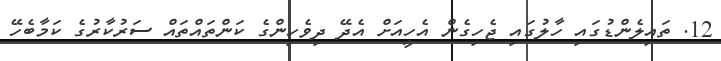
12. ތައިލެންޑުގައި ހާލުގައި ޖެހިގެން އެހީއަށް އެދޭ ދިވެހިންގެ ކަންތައްތައް ސަރުކާރުގެ ކަމާބެހޭ